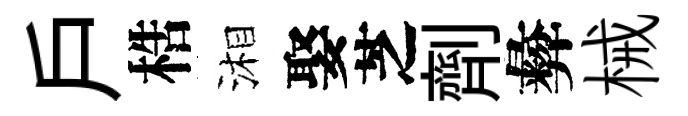
戶梏湘娶芝劑彜械